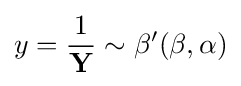
y={\frac {1}{\mathbf {Y} }}\sim \beta '(\beta ,\alpha )